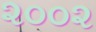
૨૦૦૨